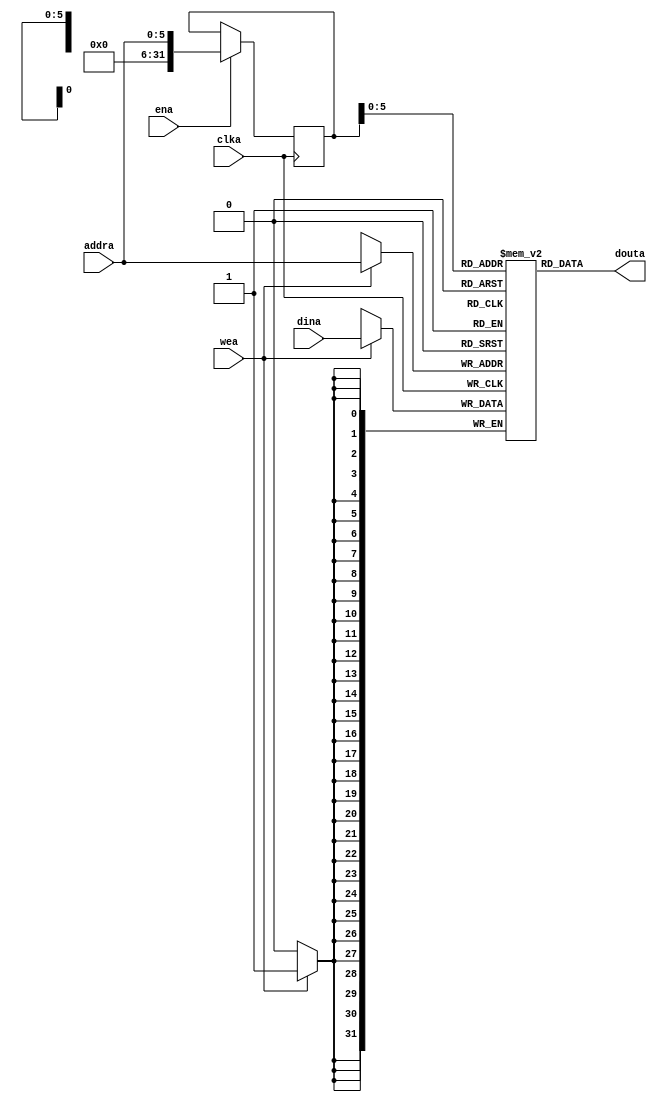
`timescale 1ns / 1ps

module mem(addra, clka, dina, douta, ena, wea);
	
	input clka, ena, wea;
	input [5:0] addra;
	input [31:0] dina;
	output [31:0] douta;

	reg [31:0] mem[0:63];
	reg [31:0] addr_reg;
	
	assign douta = mem[addr_reg];
	
	always @(posedge clka)
	begin
		if(wea)		mem[addra] <= dina;
		if(ena)		addr_reg <= addra;
	end

endmodule